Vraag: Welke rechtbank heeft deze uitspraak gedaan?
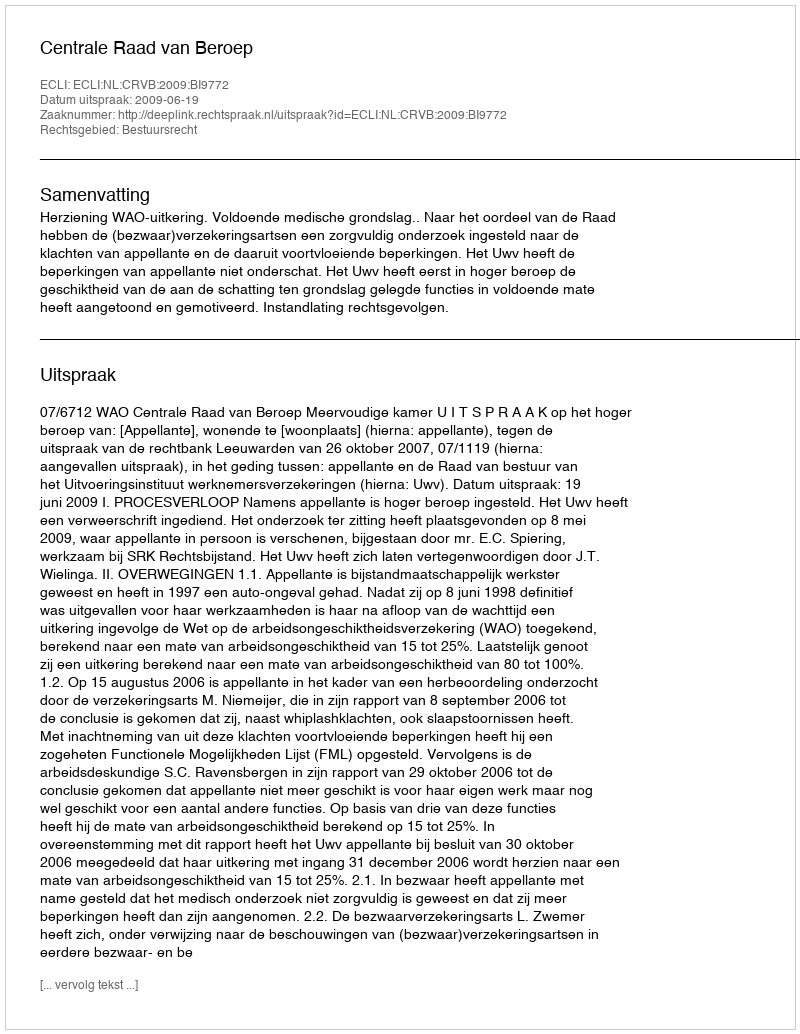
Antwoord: Centrale Raad van Beroep